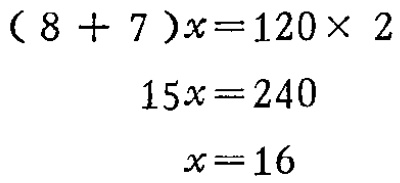
\[(8 + 7)x=120\times 2\]

\[15x=240\]

\[x = 16\]